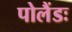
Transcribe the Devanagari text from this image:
पोलैंडः